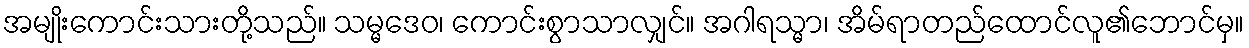
အမျိုးကောင်းသားတို့သည်။ သမ္မဒေဝ၊ ကောင်းစွာသာလျှင်။ အဂါရသ္မာ၊ အိမ်ရာတည်ထောင်လူ၏ဘောင်မှ။